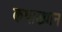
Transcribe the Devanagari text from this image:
कथाख्यान